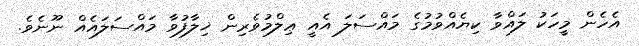
އެހެން މީހަކު ލައްވާ ކިޔެއްވުމުގެ މައްސަލަ އެއީ ޢިލްމުވެރިން ޚިލާފުވާ މައްސަލައެއް ނޫނެވެ.